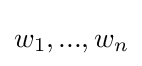
w_{1},...,w_{n}